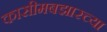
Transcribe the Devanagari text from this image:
कासीमबझारच्या